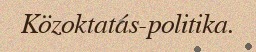
Közoktatás-politika.